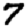
Digit: 7